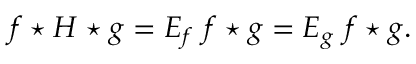
f \star H \star g = E _ { f } ~ f \star g = E _ { g } ~ f \star g .